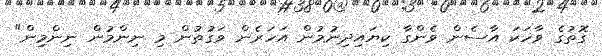
ގޮތުގެ ވާހަކަ އާސެން ވެންގާ ކިޔައިދިނުމުން އަހަރެން ވަގުތުން މި ނިންމުން ނިންމިން"